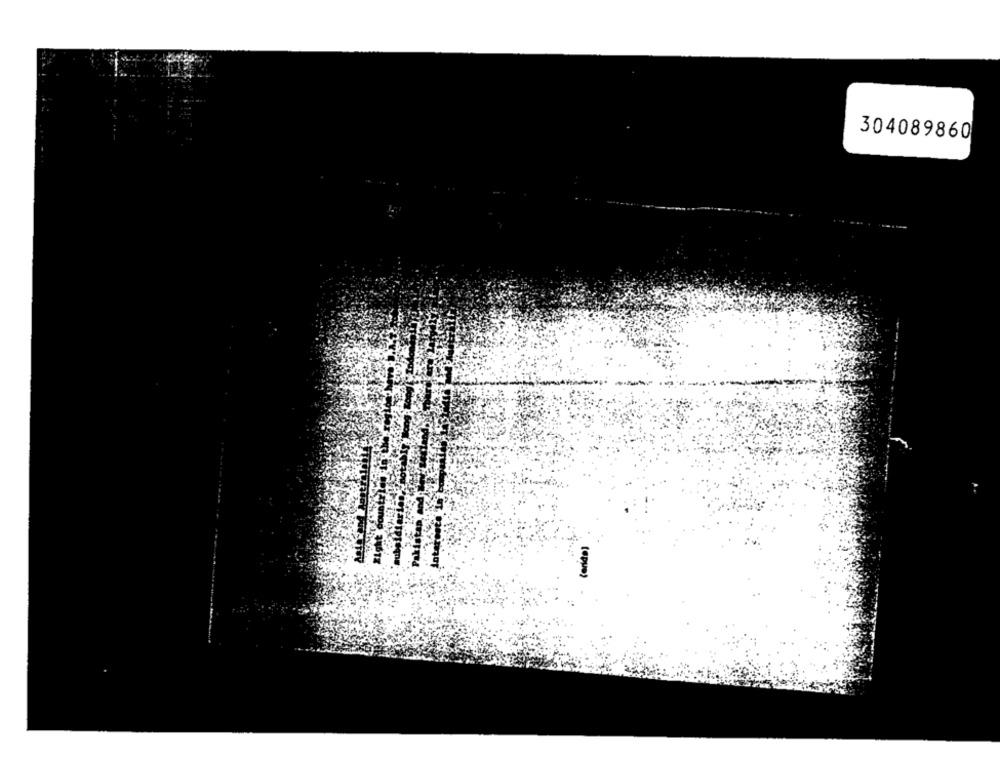
304089860
tepu